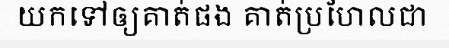
យកទៅឲ្យគាត់ផង គាត់ប្រហែលជា